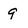
Character: g